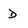
Character: d